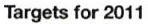
Targets for 2011